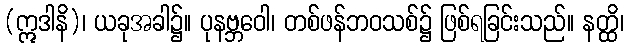
(ဣဒါနိ)၊ ယခုအခါ၌။ ပုနဗ္ဘဝေါ၊ တစ်ဖန်ဘဝသစ်၌ ဖြစ်ရခြင်းသည်။ နတ္ထိ၊